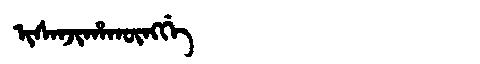
Manchu: ᡳᠰᠠᠨᠵᡳᡥᠠᡴᡡᠩᡤᡝ
Romanization: ISANJIHAKŪNGGE